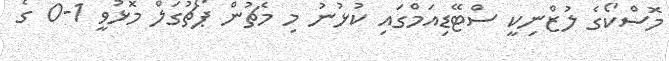
މޮސްކޯގެ ލުޒްނިކީ ސްޓޭޑިއަމްގައި ކުޅުނު މި މެޗުން ޕޯޗުގަލް މޮޅުވީ 1-0 ގެ